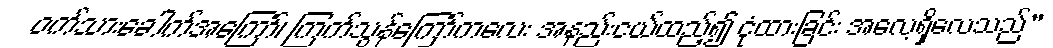
ဝက်သားခေါက်အကြော်၊ ကြက်သွန်ကြော်ကလေး အနည်းငယ်ထည့်၍ ငုံထားခြင်း အလေ့ရှိလေသည်”